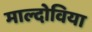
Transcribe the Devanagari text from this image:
माल्दोविया